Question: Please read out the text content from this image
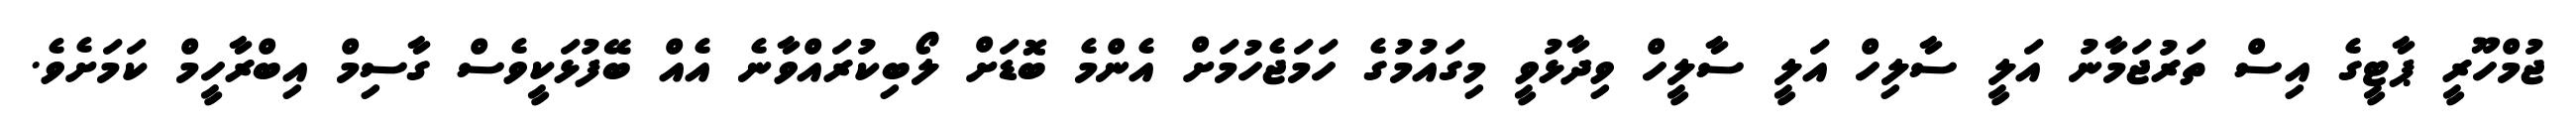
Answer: ޖުމްހޫރީ ޕާޓީގެ އިސް ތަރުޖަމާނު އަލީ ސާލިހް އަލީ ސާލީހް ވިދާޅުވީ މިގައުމުގެ ހަމަޖެހުމަށް އެންމެ ބޮޑަށް ލޯބިކުރައްވާނެ އެއް ބޭފުޅަކީވެސް ގާސިމް އިބްރާހީމް ކަމަށެވެ.